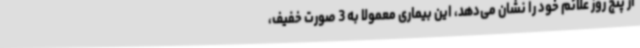
از پنج روز علائم خود را نشان می‌دهد، این بیماری معمولا به 3 صورت خفیف،